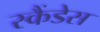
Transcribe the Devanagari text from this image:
स्कैंडेस